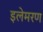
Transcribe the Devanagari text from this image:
इलेमरण